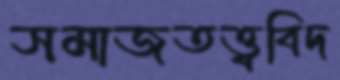
সমাজতত্ত্ববিদ